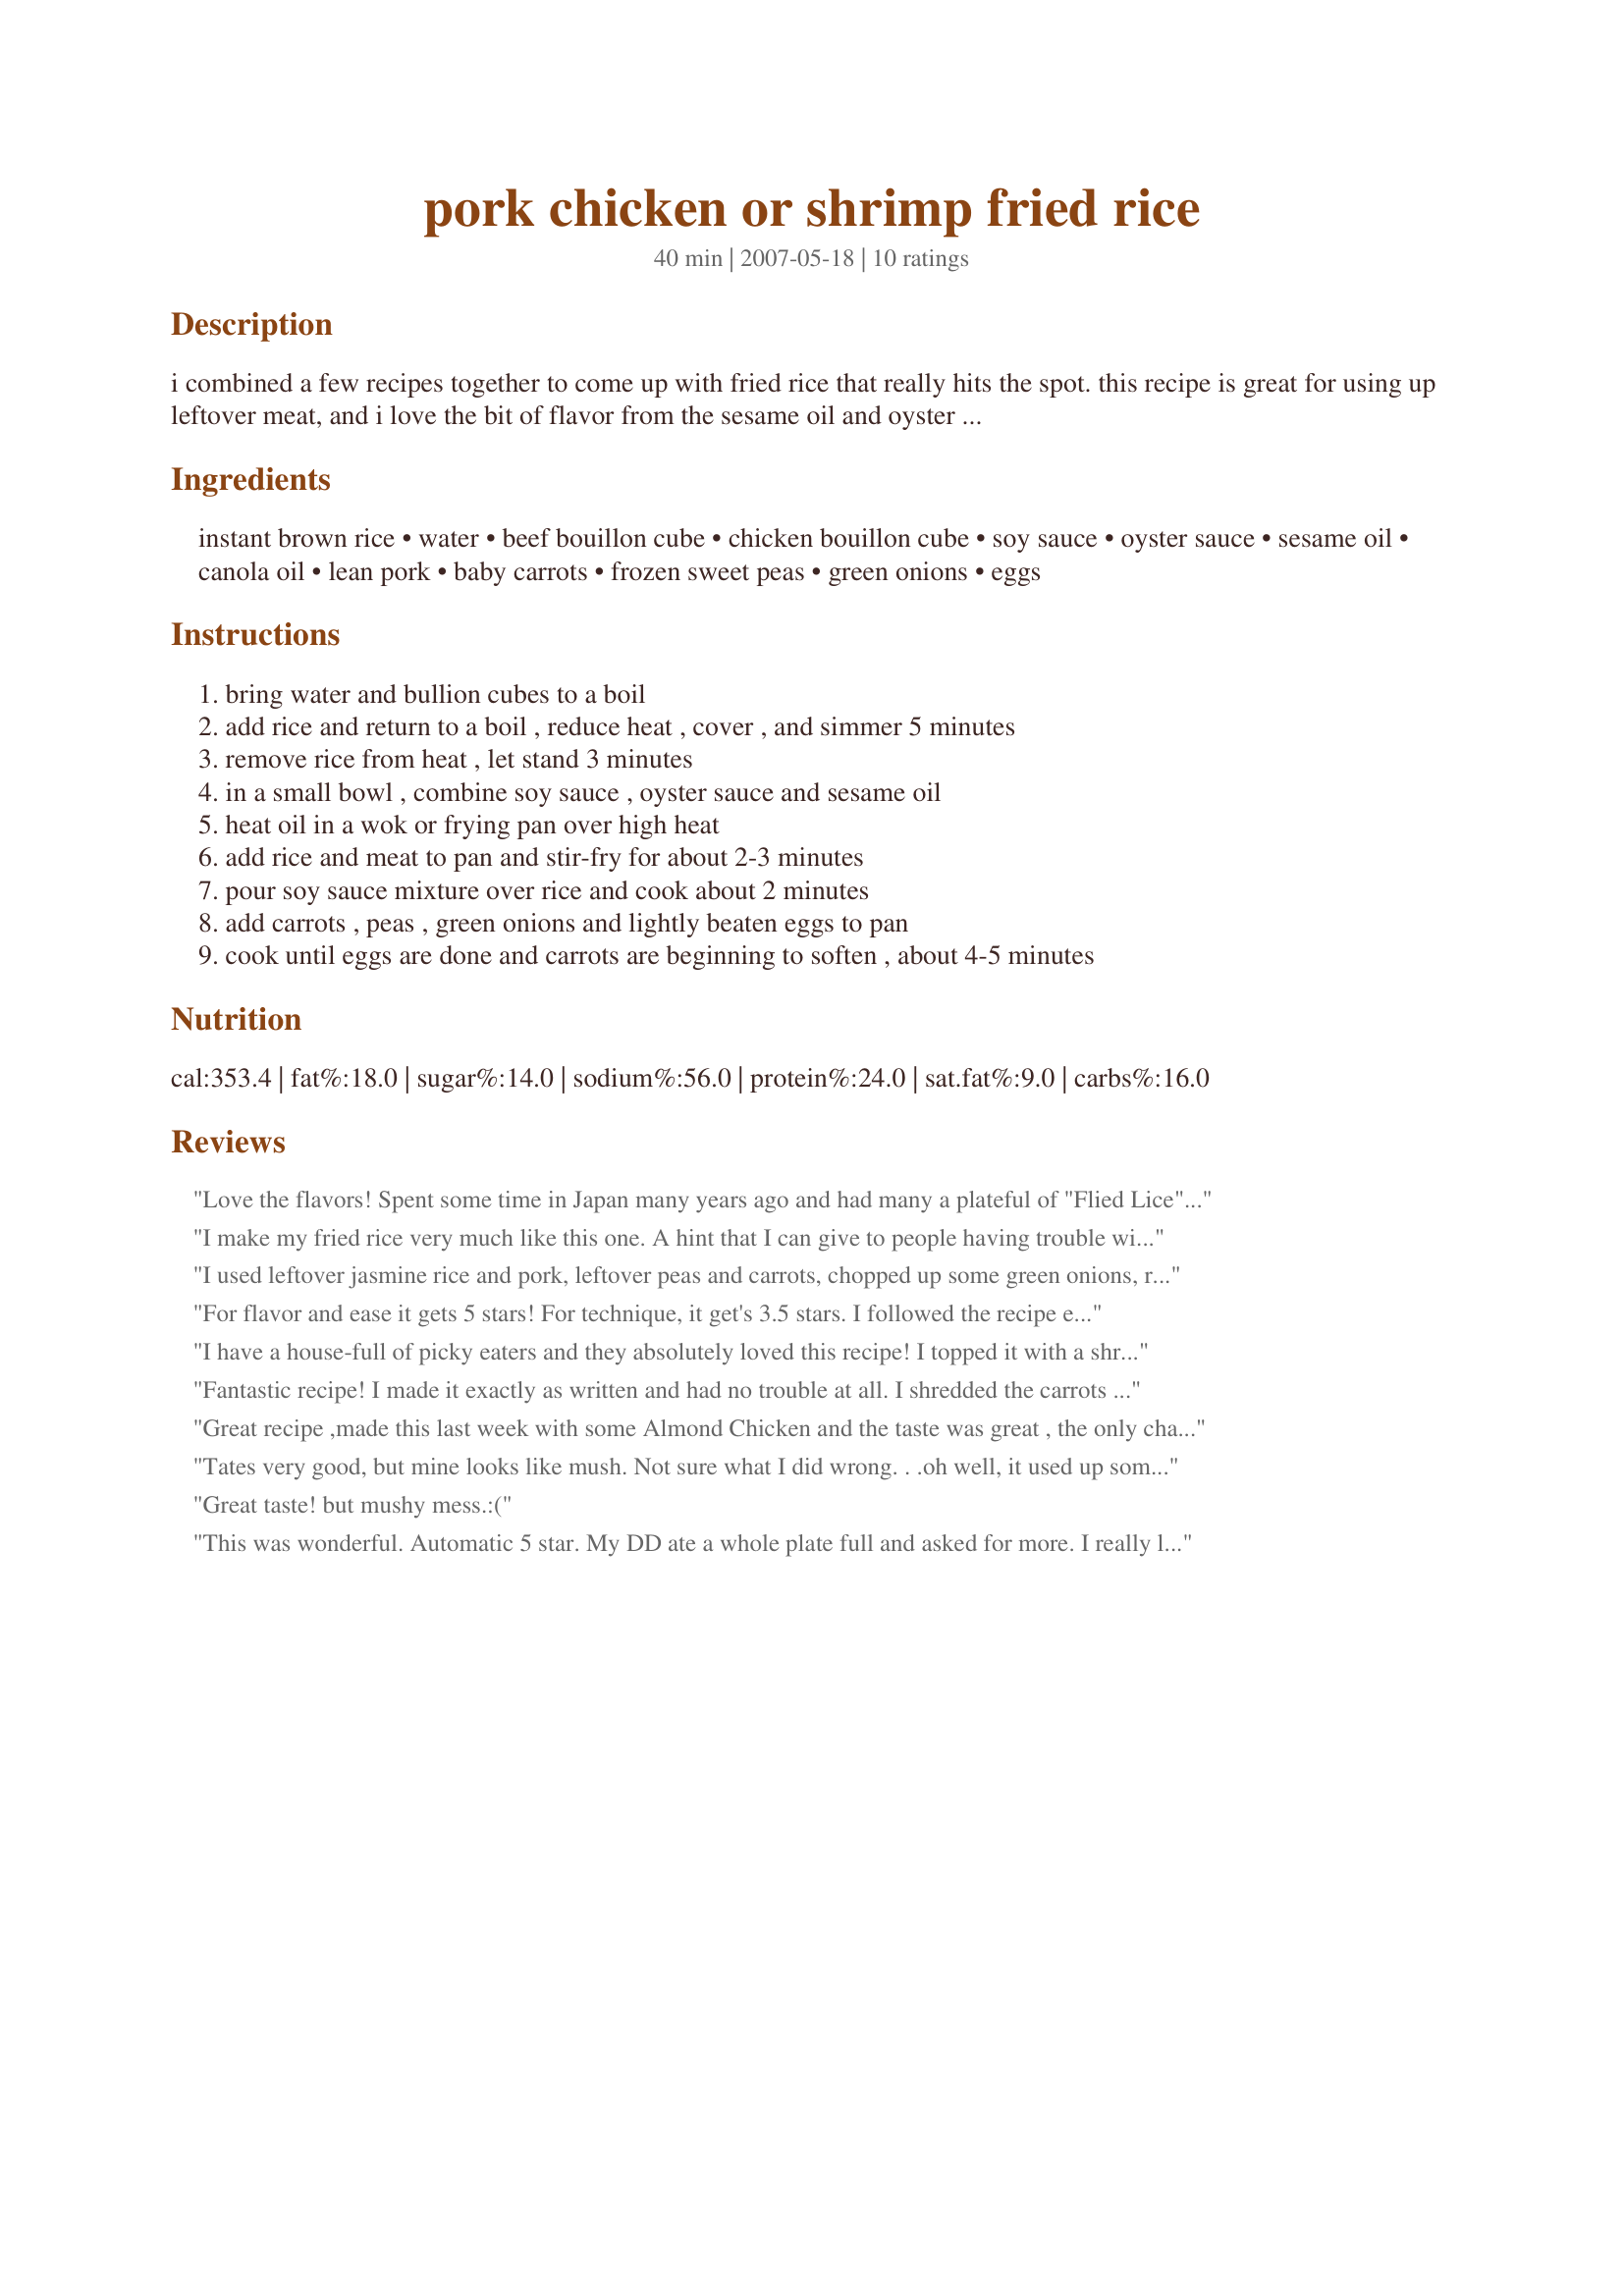
pork chicken or shrimp fried rice
Preparation time: 40 minutes

i combined a few recipes together to come up with fried rice that really hits the spot. this recipe is great for using up leftover meat, and i love the bit of flavor from the sesame oil and oyster sauce. adjusting the recipe for fewer or more people is easy. i often serve this with recipe #292268.

Ingredients:
instant brown rice, water, beef bouillon cube, chicken bouillon cube, soy sauce, oyster sauce, sesame oil, canola oil, lean pork, baby carrots, frozen sweet peas, green onions, eggs

Steps:
bring water and bullion cubes to a boil, add rice and return to a boil , reduce heat , cover , and simmer 5 minutes, remove rice from heat , let stand 3 minutes, in a small bowl , combine soy sauce , oyster sauce and sesame oil, heat oil in a wok or frying pan over high heat, add rice and meat to pan and stir-fry for about 2-3 minutes, pour soy sauce mixture over rice and cook about 2 minutes, add carrots , peas , green onions and lightly beaten eggs to pan, cook until eggs are done and carrots are beginning to soften , about 4-5 minutes

Reviews:
Love the flavors! Spent some time in Japan many years ago and had many a plateful of "Flied Lice". This reminded me of that taste. Don't like brown rice but used regular rice instead. Worked great.
I make my fried rice very much like this one. 
A hint that I can give to people having trouble with the egg getting soggy, is before you even start making your fried rice, get an 8 or 10 inch, non stick pan, beat your eggs with a bit of milk and spray it lightly, heat over medium, make an omlet, let cool
then roll up, then cutting in thin strips will solve the problem. Add to finish fried rice before serving.
I used leftover jasmine rice and pork, leftover peas and carrots, chopped up some green onions, regular onion, and celery. I didn't have any oyster sauce, but used a little fish sauce instead. I also increased the sesame oil just a bit. I did not have a problem with the eggs....just stirred them as I added to the mix. Everything turned out great. Great taste, maybe a little mushy, but tasted great. Best of all, I used up lots of leftover food!
For flavor and ease it gets 5 stars! For technique, it get's 3.5 stars. I followed the recipe exactly and found the way they tell you to add the eggs, makes it a mushy mess. So next time i will definatley make a spot in the middle of my wok to scramble the egg in and will not just pour it over top to make a mushy eggy mess. Overall though, the recipe is great!
I have a house-full of picky eaters and they absolutely loved this recipe! I topped it with a shrimp sauce that I found the recipe for and it was GREAT! The only thing I did differently was I followed the suggestion of another reviewer and I cooked my eggs before adding them to the rice. I will definitely be making this again...thanks!
Fantastic recipe! I made it exactly as written and had no trouble at all. I shredded the carrots and used white rice. The eggs weren't mushy for me, maybe my wok was hotter? Rave reviews from all! Thank you!
Great recipe ,made this last week with some Almond Chicken and the taste was great , the only change I made was I doubled the sauce and added 1 tsp minced garlic and used shrimp .
 Thanks for a recipe i'll be sure to make again and again.
Tates very good, but mine looks like mush. Not sure what I did wrong. . .oh well, it used up some leftovers and made a new meal!
Great taste! but mushy mess.:(
This was wonderful. Automatic 5 star. My DD ate a whole plate full and asked for more. I really like the brown rice. I used shrimp and I subbed egg beaters for the eggs. 
Thanks for the great recipe!
